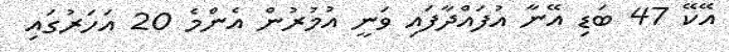
އޭކޭ 47 ބަޑި އޭނާ އުފައްދާފައި ވަނީ އުމުރުން އެންމެ 20 އަހަރުގައި